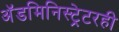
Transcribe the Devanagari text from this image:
अॅडमिनिस्ट्रेटरही